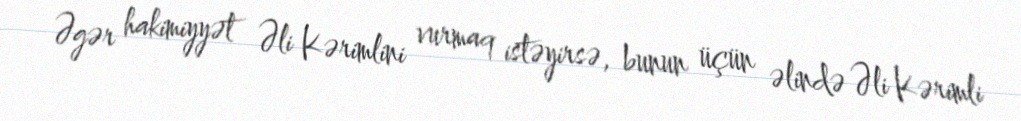
Əgər hakimiyyət Əli Kərimlini vurmaq istəyirsə, bunun üçün əlində Əli Kərimli